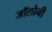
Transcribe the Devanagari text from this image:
जॉलोनी